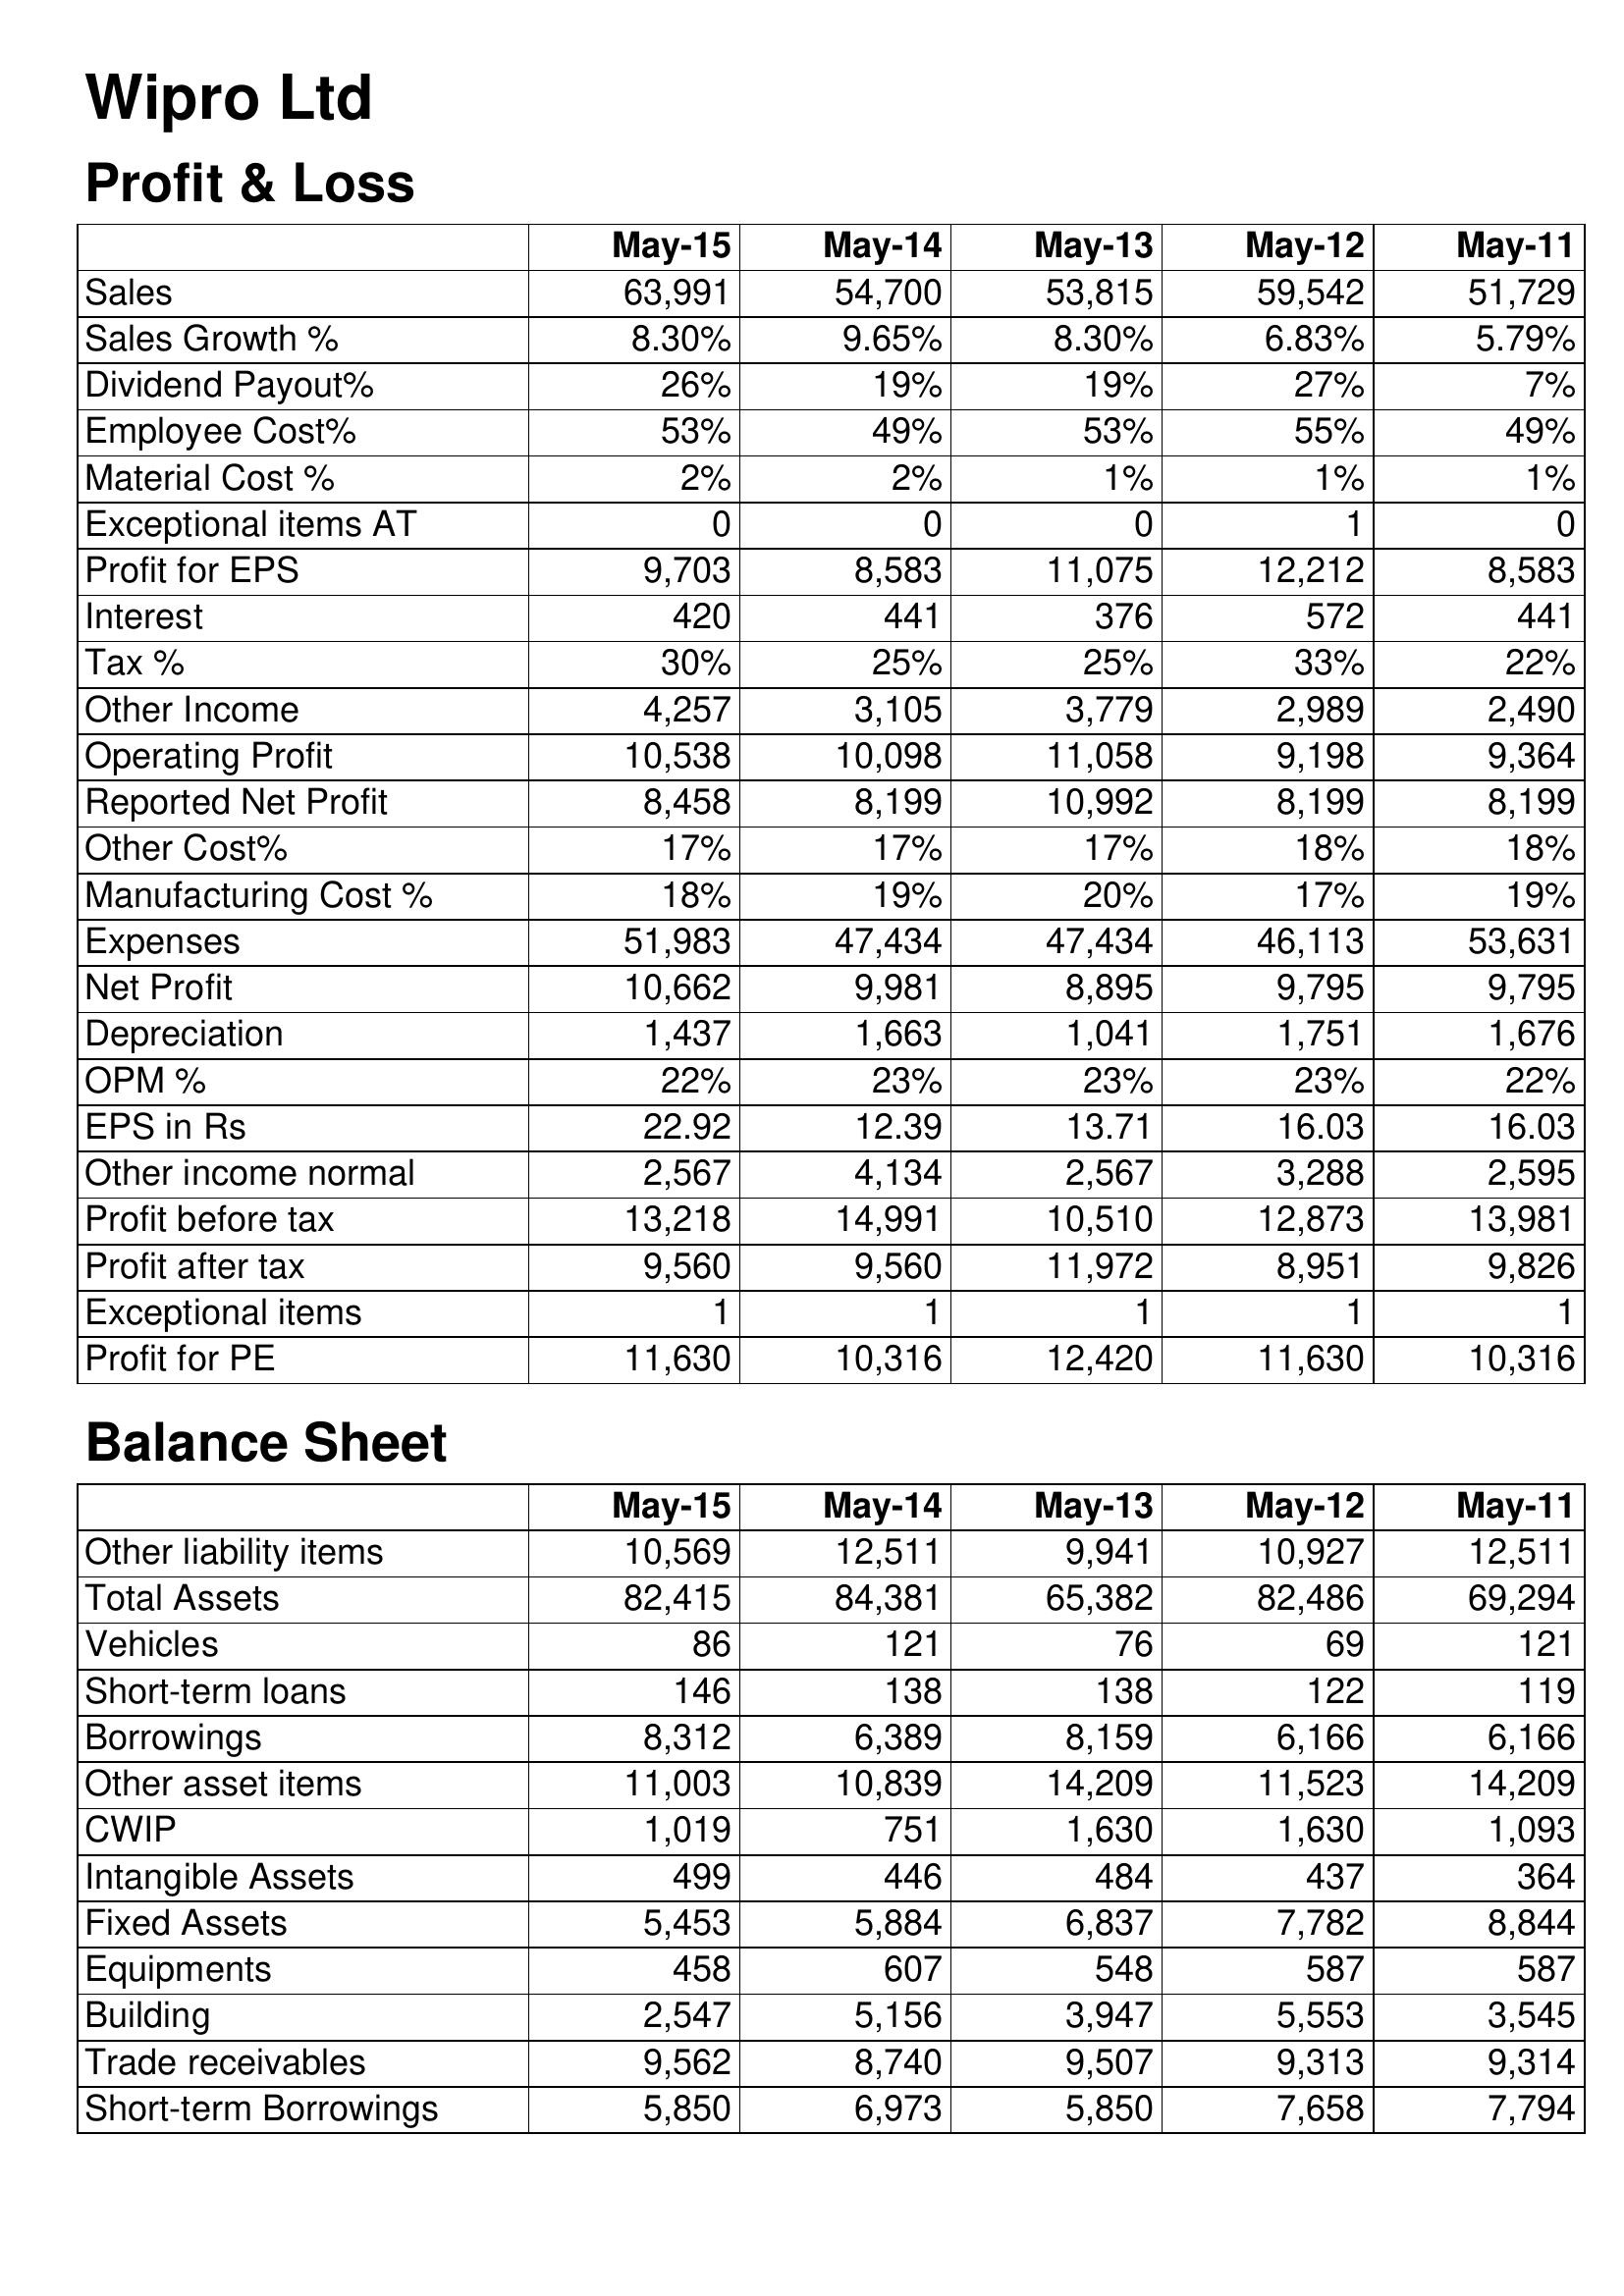
May-15: Profit & Loss: Sales: 63,991
Sales Growth %: 8.30%
Dividend Payout%: 26%
Employee Cost%: 53%
Material Cost %: 2%
Exceptional items AT: 0
Profit for EPS: 9,703
Interest: 420
Tax %: 30%
Other Income: 4,257
Operating Profit: 10,538
Reported Net Profit: 8,458
Other Cost%: 17%
Manufacturing Cost %: 18%
Expenses: 51,983
Net Profit: 10,662
Depreciation: 1,437
OPM %: 22%
EPS in Rs: 22.92
Other income normal: 2,567
Profit before tax: 13,218
Profit after tax: 9,560
Exceptional items: 1
Profit for PE: 11,630
Balance Sheet: Other liability items: 10,569
Total Assets: 82,415
Vehicles: 86
Short-term loans: 146
Borrowings: 8,312
Other asset items: 11,003
CWIP: 1,019
Intangible Assets: 499
Fixed Assets: 5,453
Equipments: 458
Building: 2,547
Trade receivables: 9,562
Short-term Borrowings: 5,850
May-14: Profit & Loss: Sales: 54,700
Sales Growth %: 9.65%
Dividend Payout%: 19%
Employee Cost%: 49%
Material Cost %: 2%
Exceptional items AT: 0
Profit for EPS: 8,583
Interest: 441
Tax %: 25%
Other Income: 3,105
Operating Profit: 10,098
Reported Net Profit: 8,199
Other Cost%: 17%
Manufacturing Cost %: 19%
Expenses: 47,434
Net Profit: 9,981
Depreciation: 1,663
OPM %: 23%
EPS in Rs: 12.39
Other income normal: 4,134
Profit before tax: 14,991
Profit after tax: 9,560
Exceptional items: 1
Profit for PE: 10,316
Balance Sheet: Other liability items: 12,511
Total Assets: 84,381
Vehicles: 121
Short-term loans: 138
Borrowings: 6,389
Other asset items: 10,839
CWIP: 751
Intangible Assets: 446
Fixed Assets: 5,884
Equipments: 607
Building: 5,156
Trade receivables: 8,740
Short-term Borrowings: 6,973
May-13: Profit & Loss: Sales: 53,815
Sales Growth %: 8.30%
Dividend Payout%: 19%
Employee Cost%: 53%
Material Cost %: 1%
Exceptional items AT: 0
Profit for EPS: 11,075
Interest: 376
Tax %: 25%
Other Income: 3,779
Operating Profit: 11,058
Reported Net Profit: 10,992
Other Cost%: 17%
Manufacturing Cost %: 20%
Expenses: 47,434
Net Profit: 8,895
Depreciation: 1,041
OPM %: 23%
EPS in Rs: 13.71
Other income normal: 2,567
Profit before tax: 10,510
Profit after tax: 11,972
Exceptional items: 1
Profit for PE: 12,420
Balance Sheet: Other liability items: 9,941
Total Assets: 65,382
Vehicles: 76
Short-term loans: 138
Borrowings: 8,159
Other asset items: 14,209
CWIP: 1,630
Intangible Assets: 484
Fixed Assets: 6,837
Equipments: 548
Building: 3,947
Trade receivables: 9,507
Short-term Borrowings: 5,850
May-12: Profit & Loss: Sales: 59,542
Sales Growth %: 6.83%
Dividend Payout%: 27%
Employee Cost%: 55%
Material Cost %: 1%
Exceptional items AT: 1
Profit for EPS: 12,212
Interest: 572
Tax %: 33%
Other Income: 2,989
Operating Profit: 9,198
Reported Net Profit: 8,199
Other Cost%: 18%
Manufacturing Cost %: 17%
Expenses: 46,113
Net Profit: 9,795
Depreciation: 1,751
OPM %: 23%
EPS in Rs: 16.03
Other income normal: 3,288
Profit before tax: 12,873
Profit after tax: 8,951
Exceptional items: 1
Profit for PE: 11,630
Balance Sheet: Other liability items: 10,927
Total Assets: 82,486
Vehicles: 69
Short-term loans: 122
Borrowings: 6,166
Other asset items: 11,523
CWIP: 1,630
Intangible Assets: 437
Fixed Assets: 7,782
Equipments: 587
Building: 5,553
Trade receivables: 9,313
Short-term Borrowings: 7,658
May-11: Profit & Loss: Sales: 51,729
Sales Growth %: 5.79%
Dividend Payout%: 7%
Employee Cost%: 49%
Material Cost %: 1%
Exceptional items AT: 0
Profit for EPS: 8,583
Interest: 441
Tax %: 22%
Other Income: 2,490
Operating Profit: 9,364
Reported Net Profit: 8,199
Other Cost%: 18%
Manufacturing Cost %: 19%
Expenses: 53,631
Net Profit: 9,795
Depreciation: 1,676
OPM %: 22%
EPS in Rs: 16.03
Other income normal: 2,595
Profit before tax: 13,981
Profit after tax: 9,826
Exceptional items: 1
Profit for PE: 10,316
Balance Sheet: Other liability items: 12,511
Total Assets: 69,294
Vehicles: 121
Short-term loans: 119
Borrowings: 6,166
Other asset items: 14,209
CWIP: 1,093
Intangible Assets: 364
Fixed Assets: 8,844
Equipments: 587
Building: 3,545
Trade receivables: 9,314
Short-term Borrowings: 7,794